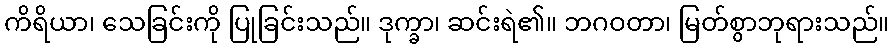
ကိရိယာ၊ သေခြင်းကို ပြုခြင်းသည်။ ဒုက္ခာ၊ ဆင်းရဲ၏။ ဘဂဝတာ၊ မြတ်စွာဘုရားသည်။